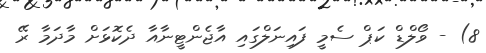
8) - ވޯލްޑް ކަޕް ސެމީ ފައިނަލްގައި އާޖެންޓީނާއާ ދެކޮޅަށް މާދަމާ ރޭ